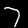
Label: 7